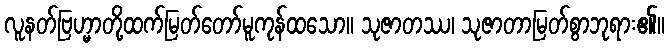
လူနတ်ဗြဟ္မာတို့ထက်မြတ်တော်မူကုန်ထသော။ သုဇာတဿ၊ သုဇာတာမြတ်စွာဘုရား၏။